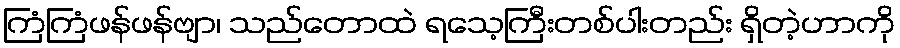
ကြံကြံဖန်ဖန်ဗျာ၊ သည်တောထဲ ရသေ့ကြီးတစ်ပါးတည်း ရှိတဲ့ဟာကို